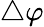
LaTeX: \triangle\varphi